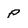
Character: p